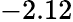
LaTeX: -2.12